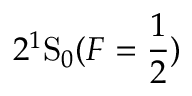
2 ^ { 1 } \mathrm { S } _ { 0 } ( F = \frac { 1 } { 2 } )